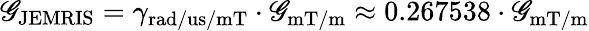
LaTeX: \mathscr{G}_{\mathrm{{JEMRIS}}}=\gamma_{\mathrm{{rad/us/mT}}}\cdot\mathscr{G}_{\mathrm{{mT/m}}}\approx0.267538\cdot\mathscr{G}_{\mathrm{{mT/m}}}